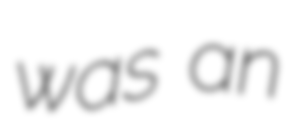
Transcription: was an